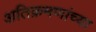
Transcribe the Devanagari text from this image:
अतिक्रमणांच्या